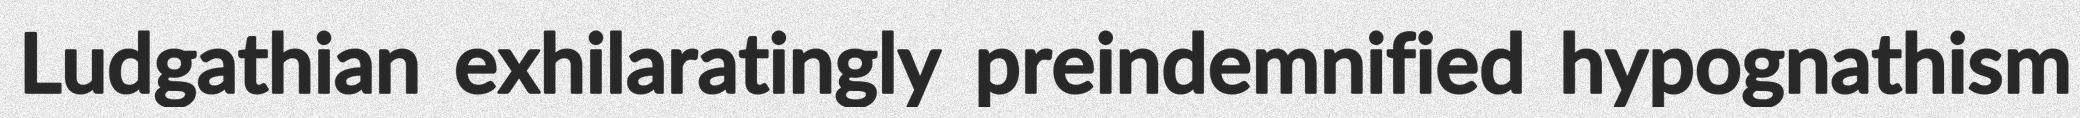
Ludgathian exhilaratingly preindemnified hypognathism